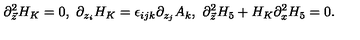
\partial _ { \vec { z } } ^ { 2 } H _ { K } = 0 , \ \partial _ { z _ { i } } H _ { K } = \epsilon _ { i j k } \partial _ { z _ { j } } A _ { k } , \ \partial _ { \vec { z } } ^ { 2 } H _ { 5 } + H _ { K } \partial _ { x } ^ { 2 } H _ { 5 } = 0 .